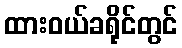
ထားဝယ်ခရိုင်တွင်